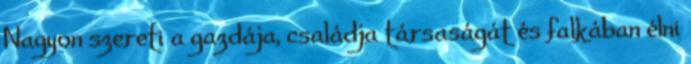
Nagyon szereti a gazdája, családja társaságát és falkában élni